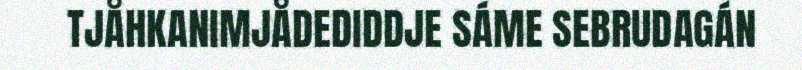
TJÅHKANIMJÅDEDIDDJE SÁME SEBRUDAGÁN